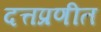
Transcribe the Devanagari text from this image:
दत्तप्रणीत